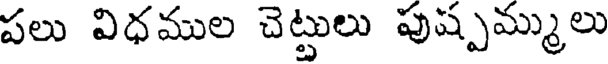
పలు విధముల చెట్టులు పుష్పమ్ములు